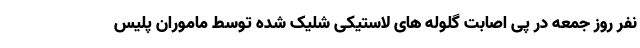
نفر روز جمعه در پی اصابت گلوله های لاستیکی شلیک شده توسط ماموران پلیس